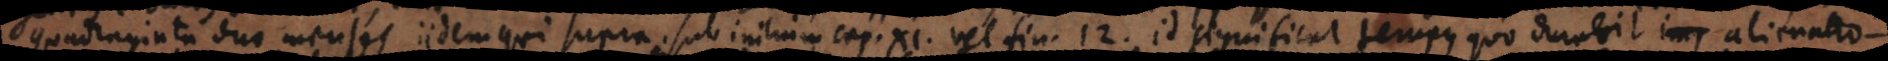
ta duo menses iidem qui supra sub initium cap. XI. vel fin. [10]. Id significat tempus quo durabit alienatio